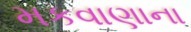
મકવાણાના